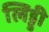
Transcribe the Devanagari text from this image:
लिड्डी